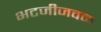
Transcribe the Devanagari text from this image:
भटजीजवळ